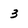
Character: 3